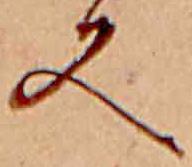
又